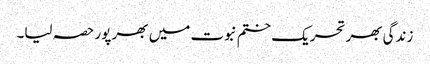
زندگی بھر تحریک ختم نبوت میں بھر پور حصہ لیا۔